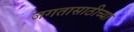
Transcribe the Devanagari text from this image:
जगतासाठीच्या